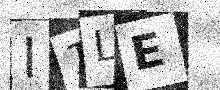
Text: I1LE